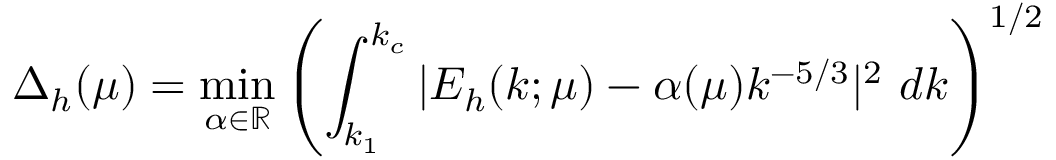
\Delta _ { h } ( \mu ) = \operatorname* { m i n } _ { \alpha \in \mathbb { R } } \left( \int _ { k _ { 1 } } ^ { k _ { c } } | E _ { h } ( k ; \mu ) - \alpha ( \mu ) k ^ { - 5 / 3 } | ^ { 2 } \ d k \right) ^ { 1 / 2 }